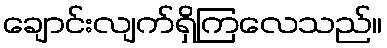
ချောင်းလျက်ရှိကြလေသည်။